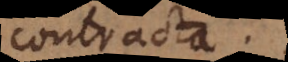
contracta.